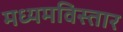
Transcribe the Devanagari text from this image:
मध्यमविस्तार